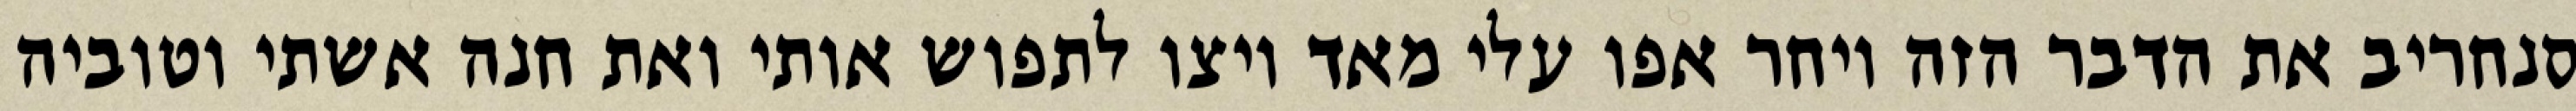
סנחריב את הדבר הזה ויחר אפו עלי מאד ויצו לתפוש אותי ואת חנה אשתי וטוביה